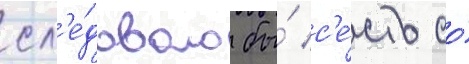
сл'е́довало бы́ с'е́сть со́